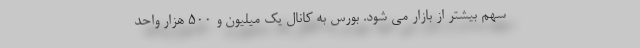
سهم بیشتر از بازار می شود. بورس به کانال یک میلیون و ۵۰۰ هزار واحد